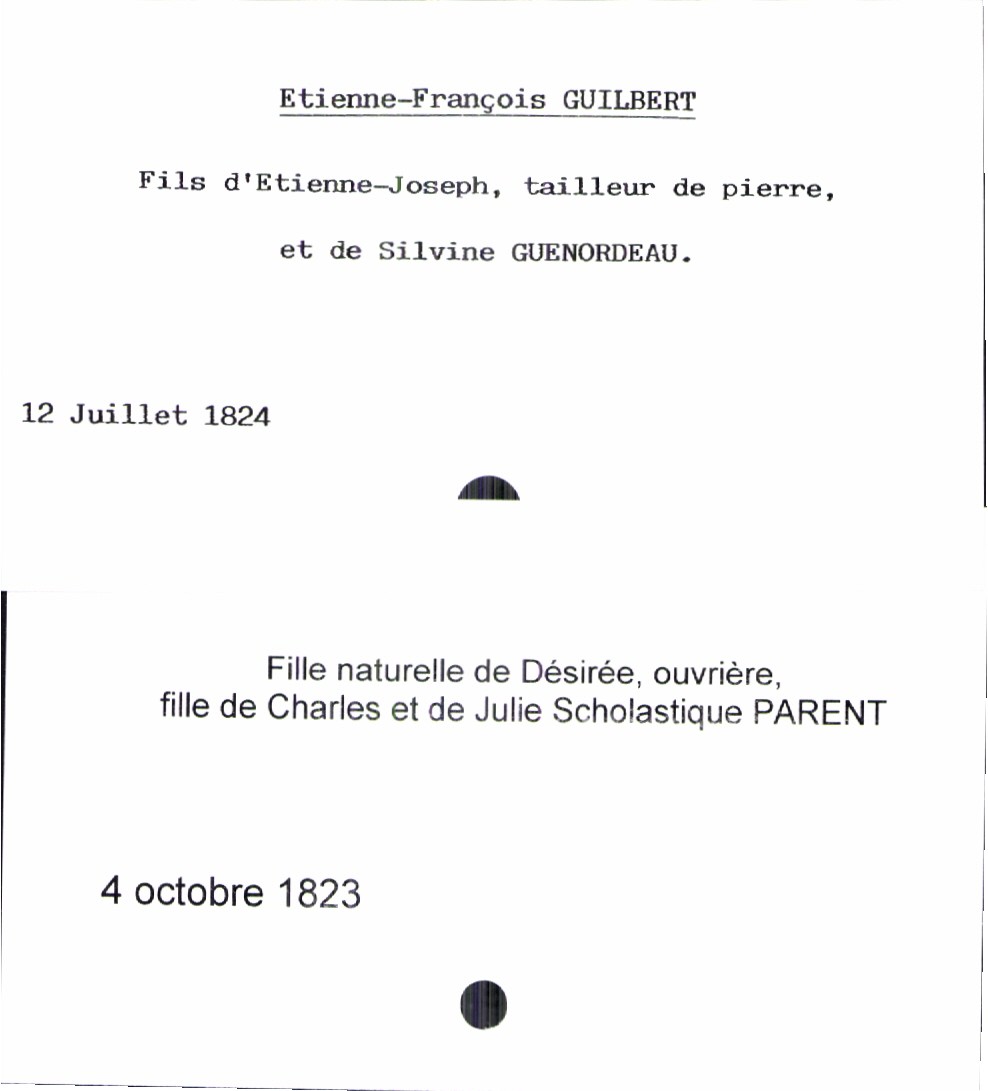
type_acte: Baptême
observations: Annotation pour la fiche du haut contenant un nom et prénom. Deuxième fiche non prise en compte
filiation: fils
enfant_prénom: Etienne-François
enfant_date_de_naissance: 12 juillet 1824
père_enfant_nom: Guilbert
père_enfant_prénom: Etienne-Joseph
père_enfant_profession: tailleur de pierre
mère_enfant_nom: Guenordeau
mère_enfant_prénom: Silvine